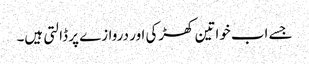
جسے اب خواتین کھڑکی اور دروازے پر ڈالتی ہیں۔